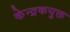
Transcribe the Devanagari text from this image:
केन्द्रकयुक्त